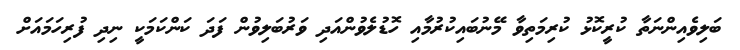
ބަލިވެއިންނަތާ ކުރީކޮޅު ކުރިމަތިވާ މޭނުބައިކުރުމާއި ހޮޑުލެވުންއަދި ވަރުބަލިވުން ފަދަ ކަންކަމަކީ ނިދި ފުރިހަމައަށް